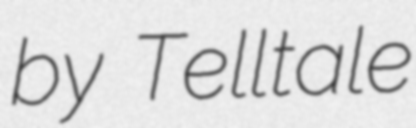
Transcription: by Telltale